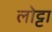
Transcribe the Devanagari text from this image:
लोट्टा